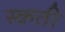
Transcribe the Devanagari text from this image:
स्कती